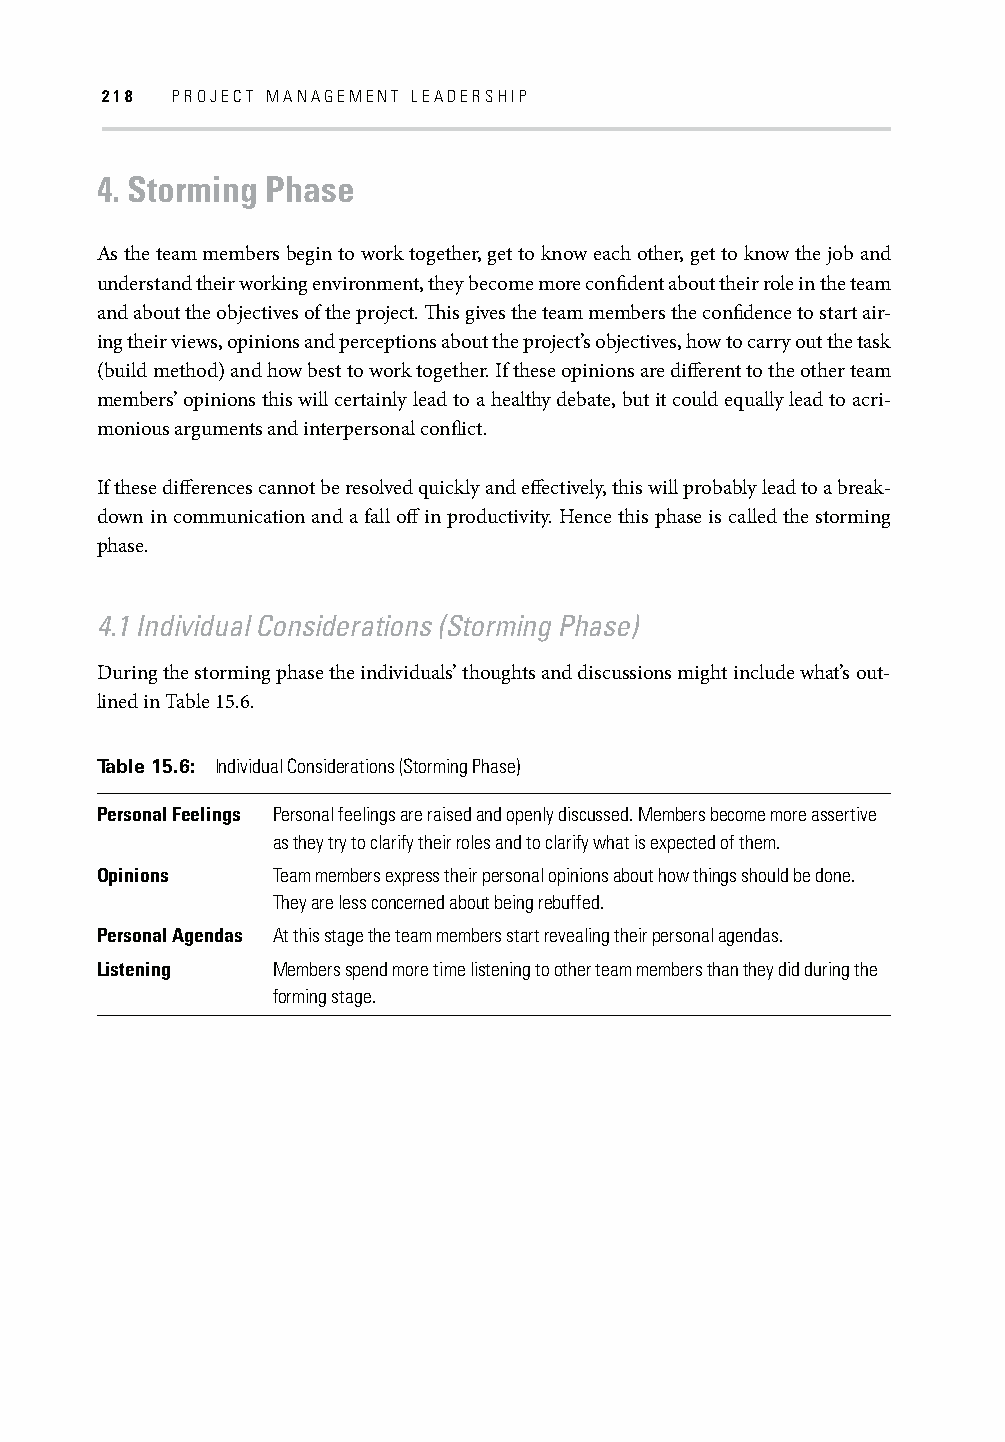
218 PROJECT MANAGEMENT LEADERSHIP
 4. Storming Phase
 As the team members begin to work together, get to know each other, get to know the job and
 understand their working environment, they become more confi dent about their role in the team
 and about the objectives of the project. Th is gives the team members the confi dence to start air-
 ing their views, opinions and perceptions about the project’s objectives, how to carry out the task
 (build method) and how best to work together. If these opinions are diff erent to the other team
 members’ opinions this will certainly lead to a healthy debate, but it could equally lead to acri-
 monious arguments and interpersonal confl ict.
 If these diff erences cannot be resolved quickly and eff ectively, this will probably lead to a break-
 down in communication and a fall off in productivity. Hence this phase is called the storming
 phase.
 4.1 Individual Considerations (Storming Phase)
 During the storming phase the individuals’ thoughts and discussions might include what’s out-
 lined in Table 15.6.
 Table 15.6: Individual Considerations (Storming Phase)
 Personal Feelings Personal feelings are raised and openly discussed. Members become more assertive
 as they try to clarify their roles and to clarify what is expected of them.
 Opinions    Team members express their personal opinions about how things should be done.
 They are less concerned about being rebuffed.
 Personal Agendas At this stage the team members start revealing their personal agendas.
 Listening   Members spend more time listening to other team members than they did during the
 forming stage.